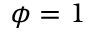
\phi = 1